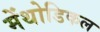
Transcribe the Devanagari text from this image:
मेंथोडिकल